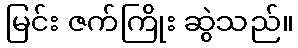
မြင်း ဇက်ကြိုး ဆွဲသည်။